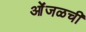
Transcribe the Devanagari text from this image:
ओंजळची